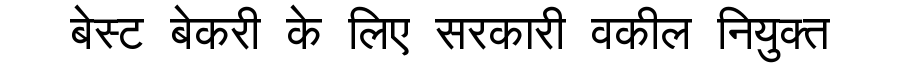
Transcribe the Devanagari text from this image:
बेस्ट बेकरी के लिए सरकारी वकील नियुक्त